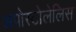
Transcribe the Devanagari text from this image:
अपोस्टोलेलिस